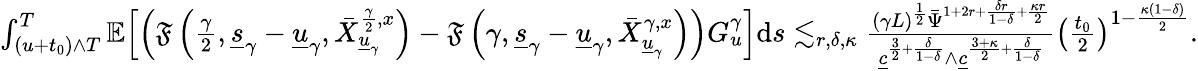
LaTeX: \begin{array}{r}{\int_{(u+t_{0})\wedge T}^{T}\mathbb{E}\Big[\Big(\mathfrak{F}\left(\frac{\gamma}{2},\underline{{s}}_{\gamma}-\underline{{u}}_{\gamma},\bar{X}_{\underline{{u}}_{\gamma}}^{\frac{\gamma}{2},x}\right)-\mathfrak{F}\left({\gamma},\underline{{s}}_{\gamma}-\underline{{u}}_{\gamma},\bar{X}_{\underline{{u}}_{\gamma}}^{\gamma,x}\right)\Big)G_{u}^{\gamma}\Big]\mathrm{d}s\lesssim_{r,\delta,\kappa}\frac{(\gamma L)^{\frac{1}{2}}\bar{\Psi}^{1+2r+\frac{\delta r}{1-\delta}+\frac{\kappa r}{2}}}{\underline{{c}}^{\frac{3}{2}+\frac{\delta}{1-\delta}}\wedge\underline{{c}}^{\frac{3+\kappa}{2}+\frac{\delta}{1-\delta}}}\left(\frac{t_{0}}{2}\right)^{1-\frac{\kappa(1-\delta)}{2}}.}\end{array}